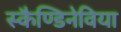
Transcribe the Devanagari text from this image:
स्कैण्डिनेविया